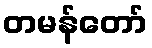
တမန်တော်